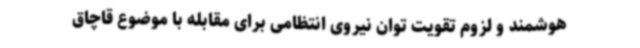
هوشمند و لزوم تقویت توان نیروی انتظامی برای مقابله با موضوع قاچاق